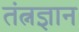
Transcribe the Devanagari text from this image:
तंत्नज्ञान